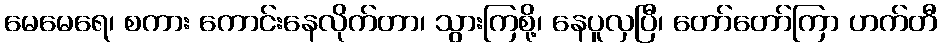
မေမေရေ၊ စကား ကောင်းနေလိုက်တာ၊ သွားကြစို့၊ နေပူလှပြီ၊ တော်တော်ကြာ ဟက်တီ